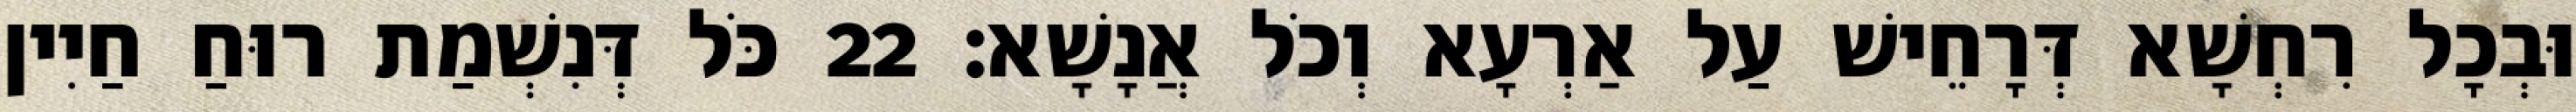
וּבְכָל רִחְשָׁא דְּרָחֵישׁ עַל אַרְעָא וְכֹל אֲנָשָׁא׃ 22 כֹּל דְּנִשְׁמַת רוּחַ חַיִין